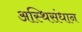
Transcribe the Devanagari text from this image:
अस्थिसंधान